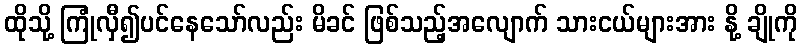
ထိုသို့ ကြုံလှီ၍ပင်နေသော်လည်း မိခင် ဖြစ်သည့်အလျောက် သားငယ်များအား နို့ ချိုကို